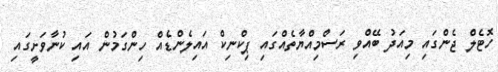
ހޮޓެލް ޖެންގައި މިއަދު ބޭއްވި ރަސްމިއްޔާތެއްގައި ޕިކްނިކް އައިލެންޑެއް ހިންގަމުން އައި ކުނާވަށީގައި